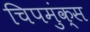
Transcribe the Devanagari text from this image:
चिपमुंक्स